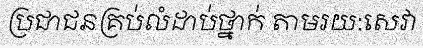
ប្រជាជនគ្រប់លំដាប់ថ្នាក់ តាមរយ:សេវា